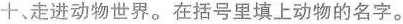
十、走进动物世界。在括号里填上动物的名字。